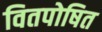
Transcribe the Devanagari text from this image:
वितपोषित